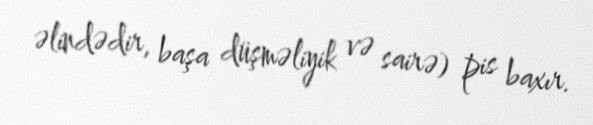
əlindədir, başa düşməliyik və sairə) pis baxır.